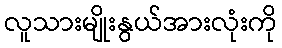
လူသားမျိုးနွယ်အားလုံးကို